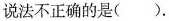
说法不正确的是( ).